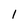
Character: l